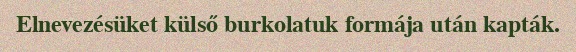
Elnevezésüket külső burkolatuk formája után kapták.